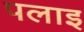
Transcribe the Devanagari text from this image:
पलाइ